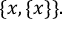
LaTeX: \{ x , \{ x \} \} .